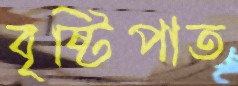
বৃষ্টিপাত